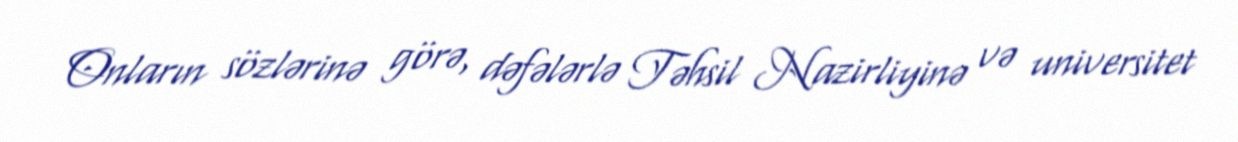
Onların sözlərinə görə, dəfələrlə Təhsil Nazirliyinə və universitet